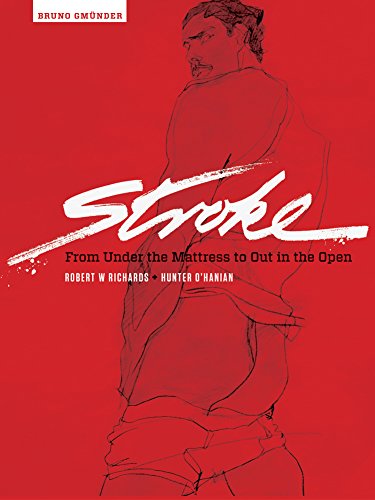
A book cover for Stroke: From Under the Mattress to Out in the Open; Hunter O'Hanian; Arts & Photography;